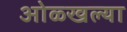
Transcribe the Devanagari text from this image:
ओळ्खल्या